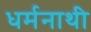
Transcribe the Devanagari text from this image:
धर्मनाथी